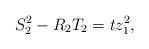
LaTeX: \begin{align*}S_{2}^{2} - R_{2} T_{2} = t z_{1}^2,\end{align*}